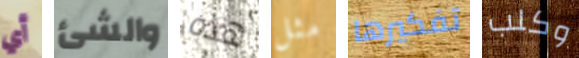
أي والشئ هذه مثل تفكيرها وكلب